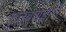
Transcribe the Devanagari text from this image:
कुतुबशहाने